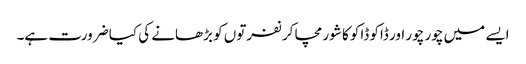
ایسے میں چور چور اور ڈاکو ڈاکو کا شور مچا کر نفرتوں کو بڑھانے کی کیا ضرورت ہے۔